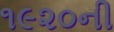
૧૯૨૦ની